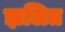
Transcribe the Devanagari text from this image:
झलित